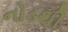
નોડથી